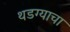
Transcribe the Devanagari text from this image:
थडग्याचा